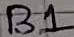
Text: B1